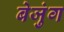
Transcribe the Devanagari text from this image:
बेजुंग